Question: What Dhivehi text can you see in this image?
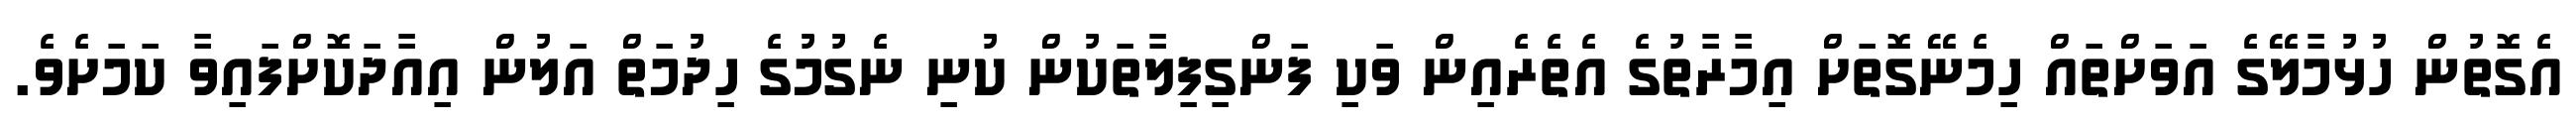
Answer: އެގޮތުން ހުޅުމާލޭގެ އަވަށްތައް ހިމެނޭގޮތަށް އިމާރާތުގެ އެތެރެއިން ވަކި ފަންގިފިލާތަކުން ކުނި ނެގުމުގެ ހިދުމަތް އަލުން އިއާދަކޮށްފައިވާ ކަމަށެވެ.